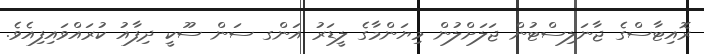
ރޮއިޓާސްގެ ޖާނަލިސްޓުން ޖަލަށްލުން މިޔަންމާގެ ލީޑަރު އަންގ ސަން ސޫކީ ދިފާއު ކުރައްވައިފިއެވެ.